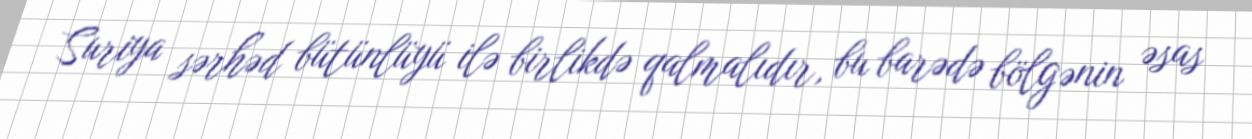
Suriya sərhəd bütünlüyü ilə birlikdə qalmalıdır, bu barədə bölgənin əsas